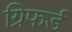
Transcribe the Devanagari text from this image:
ग्रिफर्ड